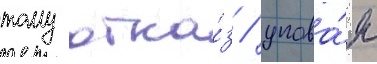
тому отка́з / упова́я